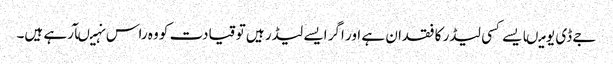
جے ڈی یو میںایسے کسی لیڈر کا فقدان ہے اور اگر ایسے لیڈر ہیں تو قیادت کو وہ راس نہیںآرہے ہیں۔